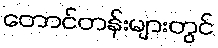
တောင်တန်းများတွင်